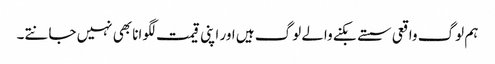
ہم لوگ واقعی سستے بکنے والے لوگ ہیں اور اپنی قیمت لگوانا بھی نہیں جانتے۔